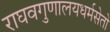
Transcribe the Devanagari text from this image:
राघवगुणालयधर्मसेतो